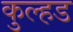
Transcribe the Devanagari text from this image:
कुल्हड